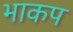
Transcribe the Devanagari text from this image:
भाकप